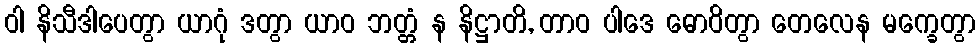
ဝါ နိသီဒါပေတွာ ယာဂုံ ဒတွာ ယာဝ ဘတ္တံ န နိဋ္ဌာတိ, တာဝ ပါဒေ ဓောဝိတွာ တေလေန မက္ခေတွာ